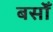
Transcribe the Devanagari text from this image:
बसोँ